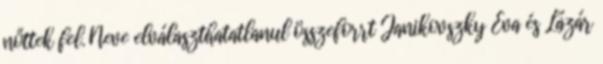
nőttek fel. Neve elválaszthatatlanul összeforrt Janikovszky Éva és Lázár